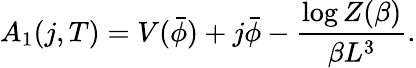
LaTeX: A_{1}(j,T)=V(\bar{\phi})+j\bar{\phi}-{\frac{\log Z(\beta)}{\beta L^{3}}}.